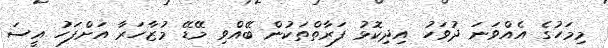
މިމަހުގެ އެއްވަނަ ދުވަހު އިދިކޮޅު ފަރާތްތަކުން ބޭއްވި މޭޑޭ މުޒާހަރާ އަށްފަހު އީސަ